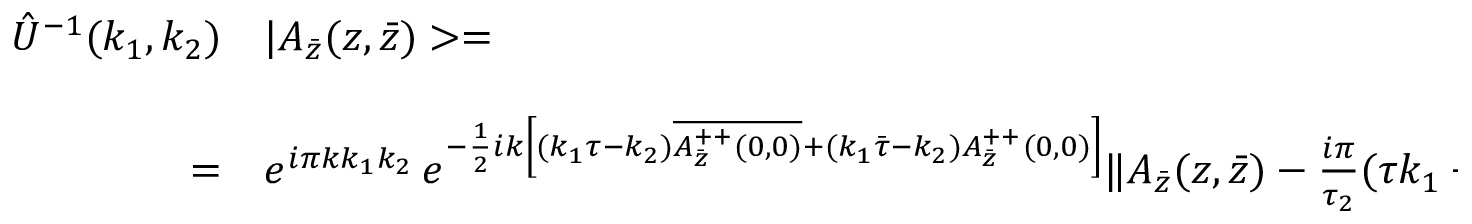
\begin{array} { r l } { { \hat { U } ^ { - 1 } ( k _ { 1 } , k _ { 2 } ) } } & { { | A _ { \bar { z } } ( z , \bar { z } ) > = } } \\ { { } } & { { } } \\ { { = } } & { { e ^ { i \pi k k _ { 1 } k _ { 2 } } \, e ^ { - \frac { 1 } { 2 } i k \left[ ( k _ { 1 } \tau - k _ { 2 } ) \overline { { { A _ { \bar { z } } ^ { + + } ( 0 , 0 ) } } } + ( k _ { 1 } \bar { \tau } - k _ { 2 } ) A _ { \bar { z } } ^ { + + } ( 0 , 0 ) \right] } \| A _ { \bar { z } } ( z , \bar { z } ) - \frac { i \pi } { \tau _ { 2 } } ( \tau k _ { 1 } - k _ { 2 } ) > \ \ \ , } } \end{array}